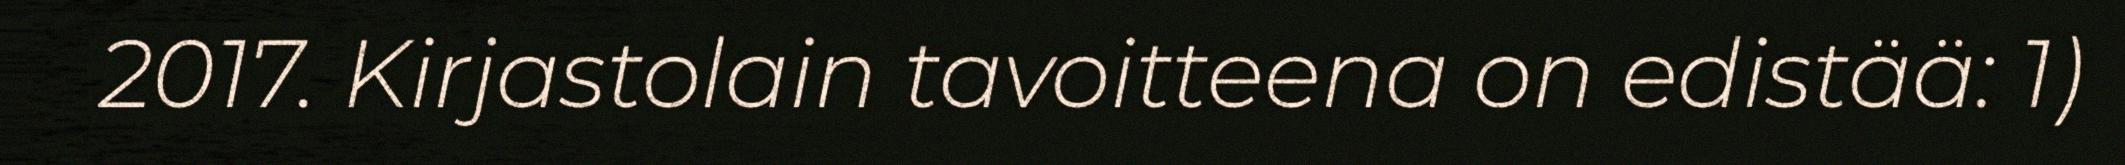
2017. Kirjastolain tavoitteena on edistää: 1)